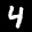
Label: 4